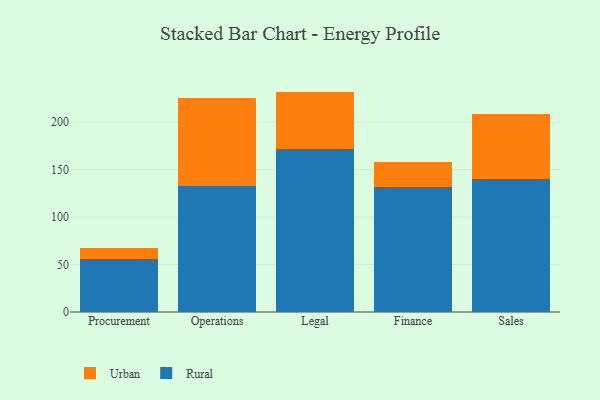
{"axis": {"x": "Department", "y": "Page Views"}, "legend": ["Rural", "Urban"], "data": [{"x": "Procurement", "y": 55.8, "type": "Rural"}, {"x": "Procurement", "y": 12.1, "type": "Urban"}, {"x": "Operations", "y": 132.9, "type": "Rural"}, {"x": "Operations", "y": 92.4, "type": "Urban"}, {"x": "Legal", "y": 171.3, "type": "Rural"}, {"x": "Legal", "y": 60.8, "type": "Urban"}, {"x": "Finance", "y": 132.0, "type": "Rural"}, {"x": "Finance", "y": 25.5, "type": "Urban"}, {"x": "Sales", "y": 140.1, "type": "Rural"}, {"x": "Sales", "y": 68.9, "type": "Urban"}]}